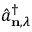
\hat { a } _ { \mathbf { n } , \lambda } ^ { \dagger }